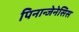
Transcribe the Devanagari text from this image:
पिनान्जेनेसिस